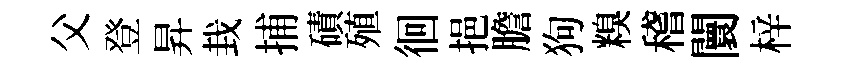
父登昇㘽捕磧殖徊挹膽狗糗稽闤梓